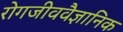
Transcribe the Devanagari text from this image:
रोगजीववैज्ञानिक